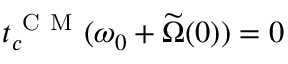
t _ { c } ^ { \mathrm { ~ C ~ M ~ } } ( \omega _ { 0 } + \widetilde \Omega ( 0 ) ) = 0